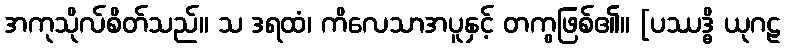
အကုသိုလ်စိတ်သည်။ သ ဒရထံ၊ ကိလေသာအပူနှင့် တကွဖြစ်၏။ [ပဿဒ္ဓိ ယုဂဠ